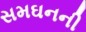
સમઘનની